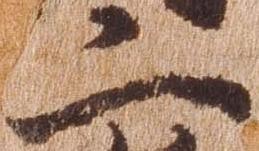
二